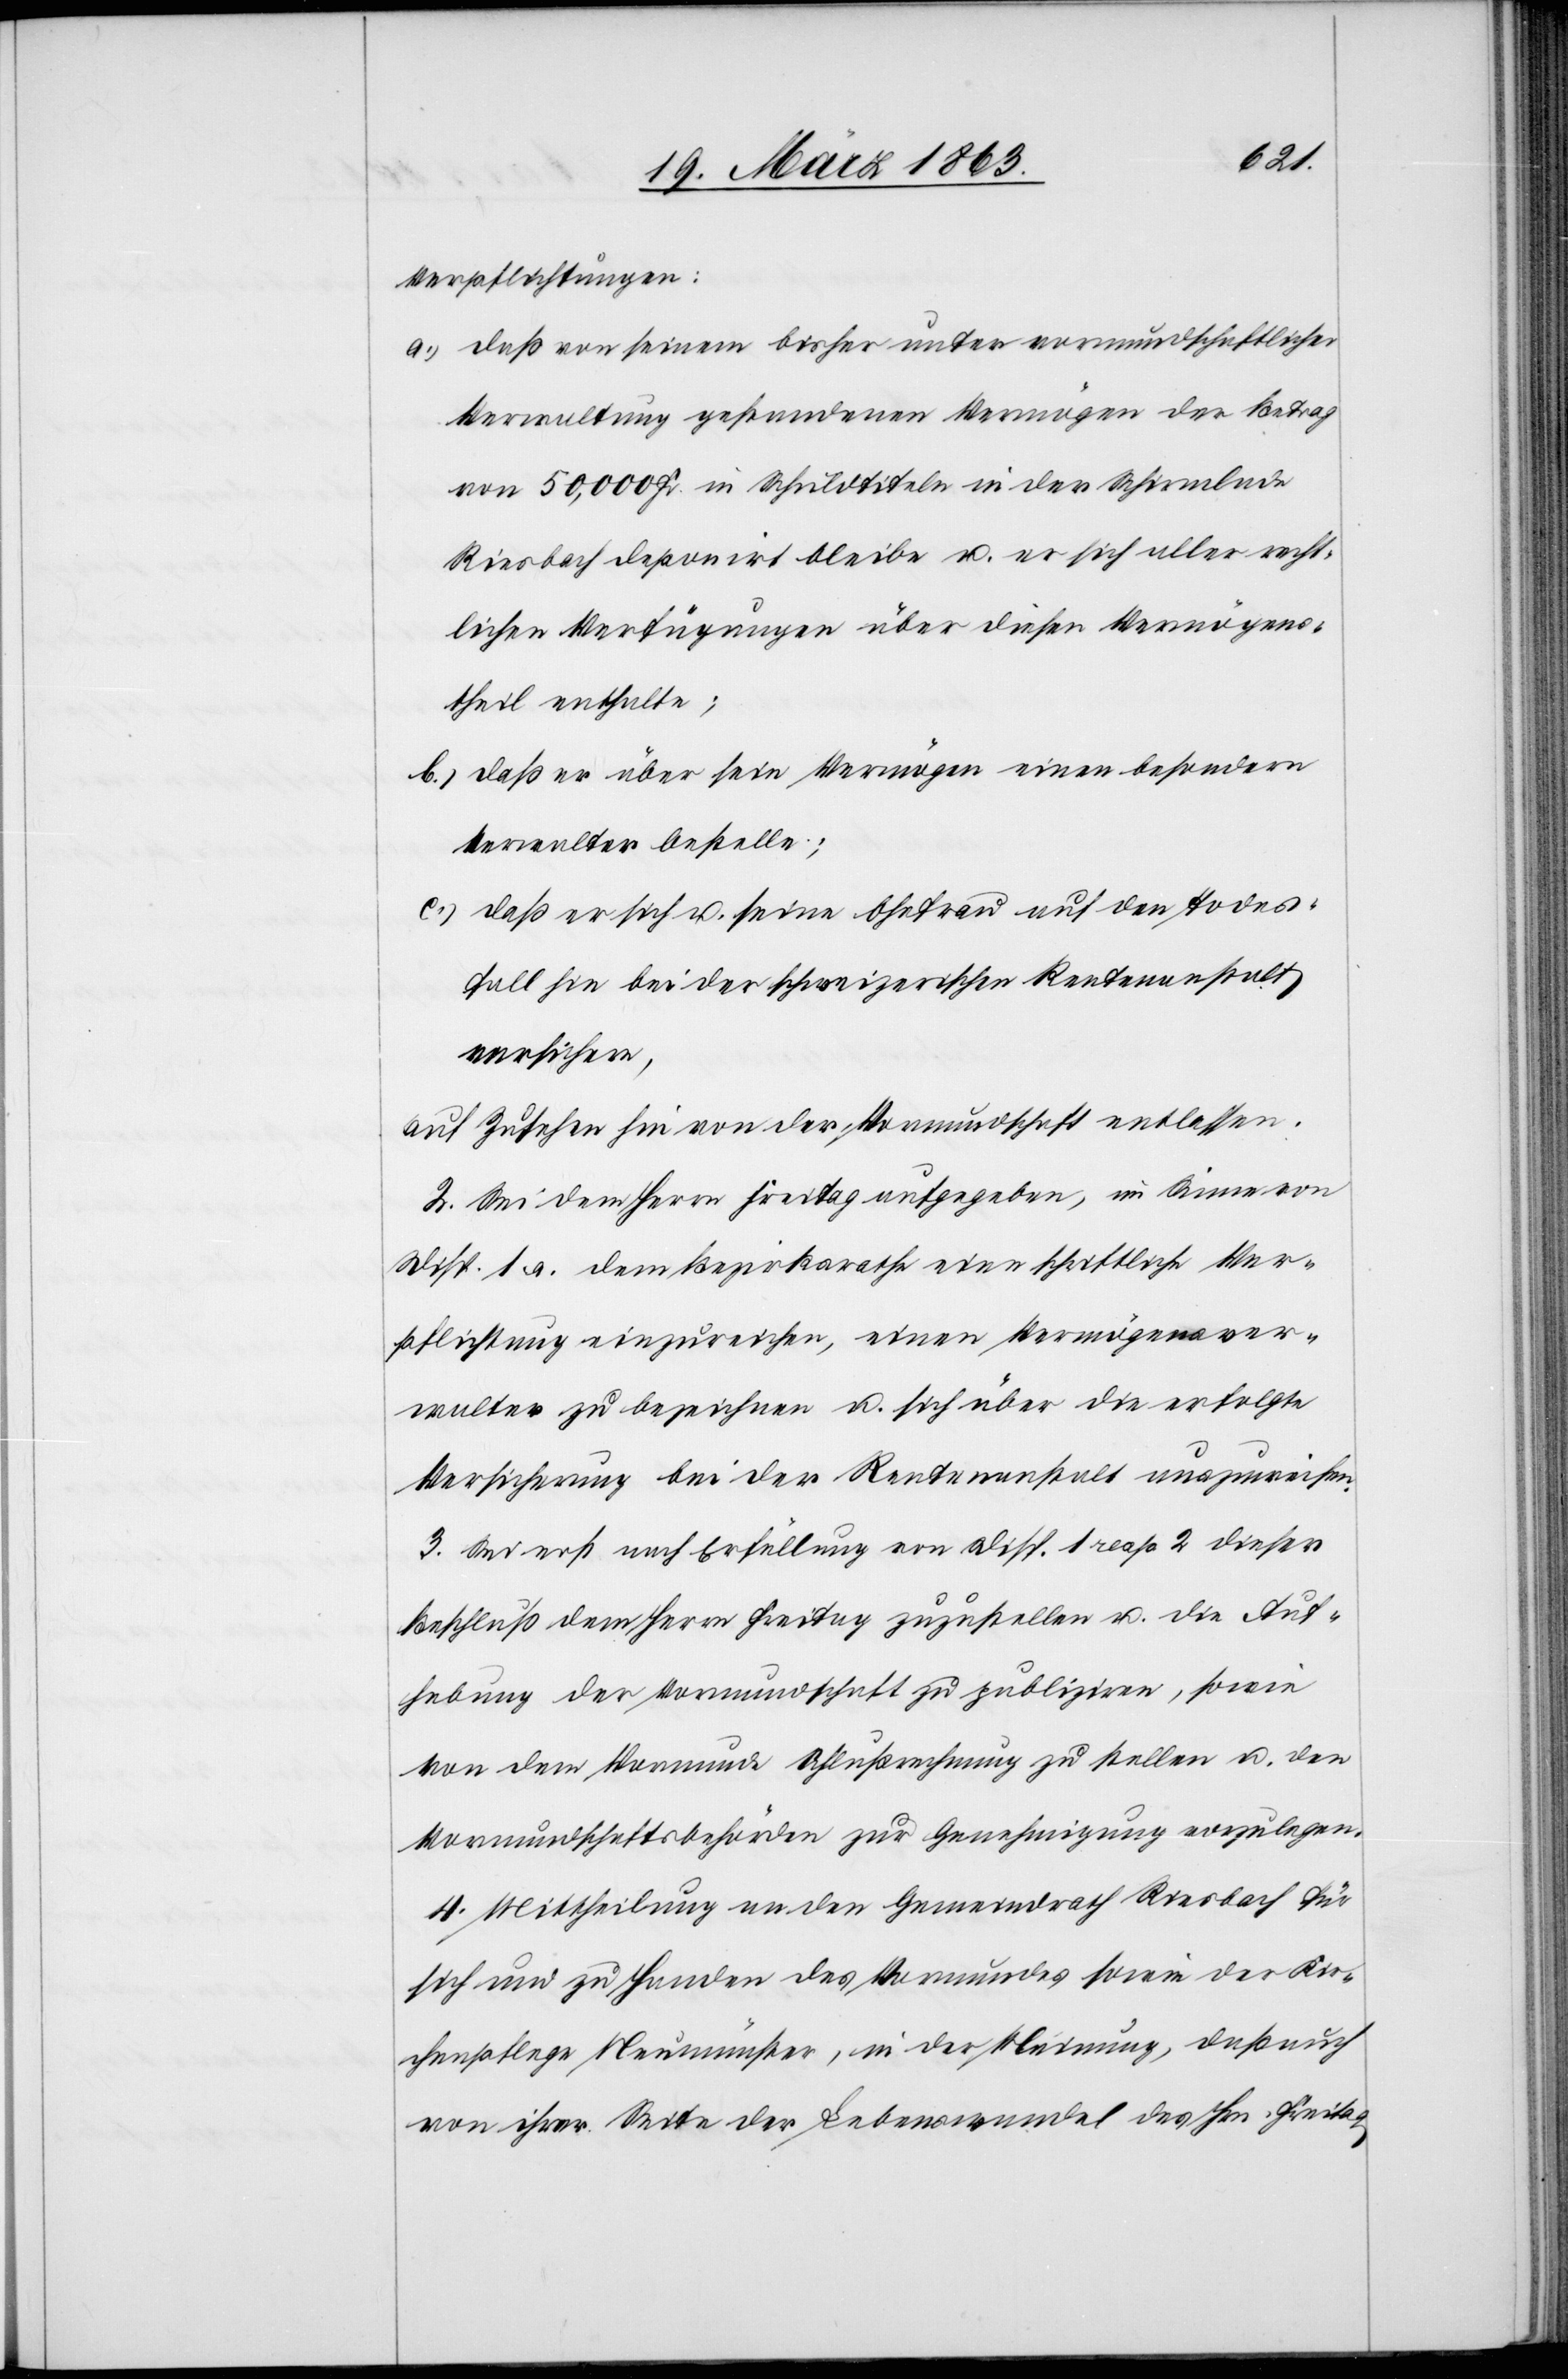
Verpflichtungen:
a.) daß von seinem bisher unter vormundschaftlicher
Verwaltung gestandenen Vermögen der Betrag
von 50,000 Fr. in Schuldtiteln in der Schirmlade
Riesbach deponirt bleibe u. er sich aller recht¬
lichen Verfügungen über diesen Vermögens¬
theil enthalte;
b.) daß er über sein Vermögen einen besondern
Verwalter bestelle;
c.) daß er sich u. seine Ehefrau auf den Todes¬
fall hin bei der schweizerischen Rentenanstalt
versichere,
auf Zusehen hin von der Vormundschaft entlassen.
2. Sei dem Herrn Freitag aufgegeben, im Sinne von
Disp. 1. a. dem Bezirksrathe eine schriftliche Ver¬
pflichtung einzureichen, einen Vermögensver¬
walter zu bezeichnen u. sich über die erfolgte
Versicherung bei der Rentenanstalt auszuweisen.
3. Sei erst nach Erfüllung von Disp. 1 resp. 2 dieser
Beschluß dem Herrn Freitag zuzustellen u. die Auf¬
hebung der Vormundschaft zu publiziren, sowie
von dem Vormunde Schlußrechnung zu stellen u. den
Vormundschaftsbehörden zur Genehmigung vorzulegen.
4. Mittheilung an den Gemeindrath Riesbach für
sich und zu Handen des Vormundes sowie der Kir¬
chenpflege Neumünster, in der Meinung, daß auch
von ihrer Seite der Lebenswandel des Hrn. Freitag